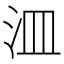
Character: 㳑